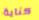
كناية